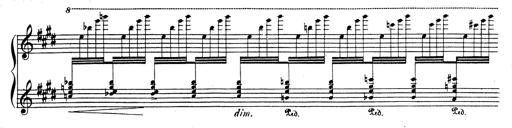
Title: Rhapsodie espagnole
Composer: Franz Liszt